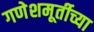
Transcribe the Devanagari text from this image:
गणेशमूर्तीच्या